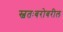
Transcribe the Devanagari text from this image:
स्वतःबरोबरील